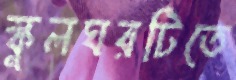
স্কুলঘরটিতে